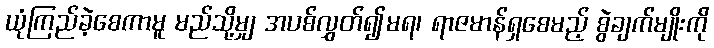
ယုံကြည်ခဲ့စေကာမူ မည်သို့မျှ အပစ်လွှတ်၍မရ၊ ရာဇမာန်ရှစေမည့် စွဲချက်မျိုးကို